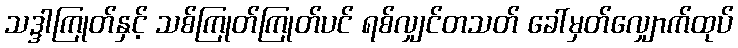
သဒ္ဒါကြုတ်နှင့် သစ်ကြုတ်ကြုတ်ပင် ရစ်လျှင်တသတ် ခေါ်မှတ်လျှောက်ထုပ်